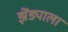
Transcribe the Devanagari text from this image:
झेंड्याला